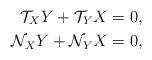
LaTeX: \begin{align*} \mathcal{T}_{X}Y+\mathcal{T}_{Y}X&=0 ,\\\mathcal{N}_{X}Y+\mathcal{N}_{Y}X&=0 ,\end{align*}